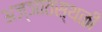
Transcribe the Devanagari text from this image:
अज्ञातस्थळी